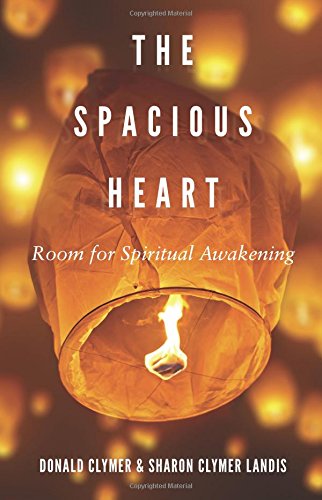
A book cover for Spacious Heart, The: Room for Spiritual Awakening; Donald Clymer; Christian Books & Bibles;